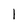
Character: 1